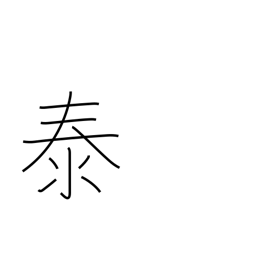
Meaning: peace